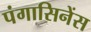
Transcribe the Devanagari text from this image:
पंगासिनेंस